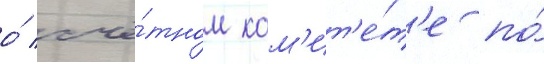
о́ счё́тном ком'ит'е́т'е по́